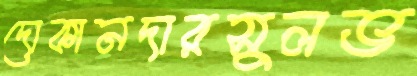
দোকানদারসুলভ